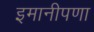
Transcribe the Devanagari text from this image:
इमानीपणा